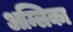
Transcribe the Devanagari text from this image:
अम्लिका